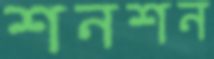
শনশন